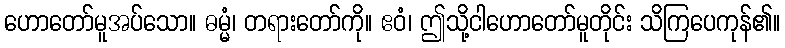
ဟောတော်မူအပ်သော။ ဓမ္မံ၊ တရားတော်ကို။ ဧဝံ၊ ဤသို့ငါဟောတော်မူတိုင်း သိကြပေကုန်၏။